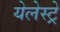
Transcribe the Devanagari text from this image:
येलेस्ट्रे